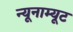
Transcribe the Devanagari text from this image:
न्यूनाम्यूट